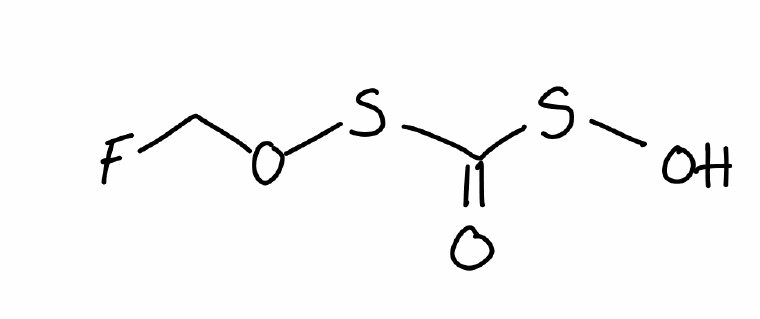
Simplified molecular-input line-entry system (SMILES) notation of the given molecule:
C(OSC(=O)SO)F